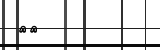
٢١